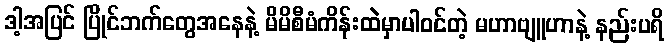
ဒါ့အပြင် ပြိုင်ဘက်တွေအနေနဲ့ မိမိစီမံကိန်းထဲမှာပါဝင်တဲ့ မဟာဗျူဟာနဲ့ နည်းပရိ